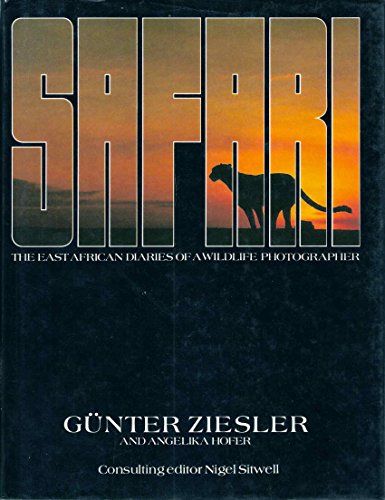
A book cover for Safari: the East African Diaries of a Wildlife Photographer; Angelika Hofer; Travel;